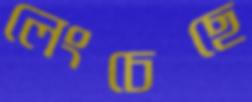
লেংচেছে